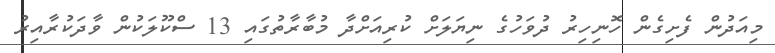
މިއަދުން ފެށިގެން ހޮނިހިރު ދުވަހުގެ ނިޔަލަށް ކުރިއަށްދާ މުބާރާތުގައި 13 ސްކޫލަކުން ވާދަކުރާއިރު